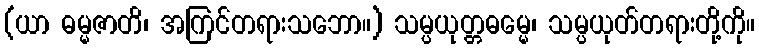
(ယာ ဓမ္မဇာတိ၊ အကြင်တရားသဘော။) သမ္ပယုတ္တဓမ္မေ၊ သမ္ပယုတ်တရားတို့ကို။